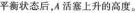
平衡状态后，A活塞上升的高度。